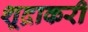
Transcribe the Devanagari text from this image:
शूद्राकरी